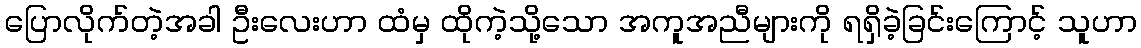
ပြောလိုက်တဲ့အခါ ဦးလေးဟာ ထံမှ ထိုကဲ့သို့သော အကူအညီများကို ရရှိခဲ့ခြင်းကြောင့် သူဟာ